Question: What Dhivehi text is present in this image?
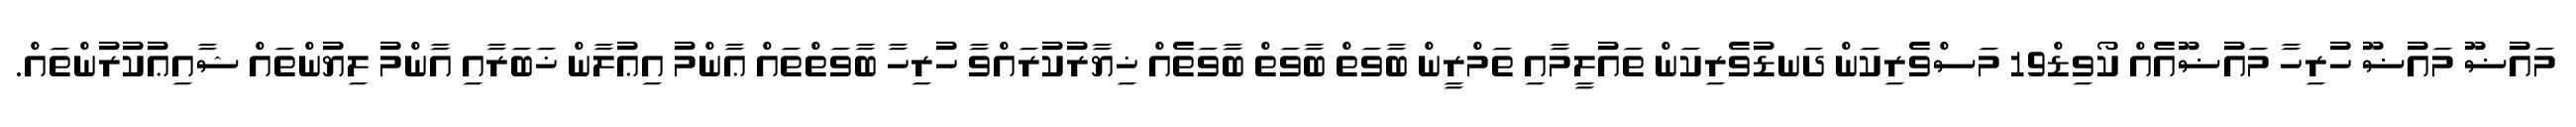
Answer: މައުޟޫ މައުޟޫ ހުރިހާ މައުޟޫއެއް ކޯވިޑް19 މަސްވެރިކަން ދަނޑުވެރިކަން ތައުލީމާއި ތަމްރީން ބާވަތް ބާވަތް ބާވަތެއް ޚިޔާރުކުރައްވާ ހުރިހާ ބާވަތްތައް ޢާންމު އިޢުލާން ޚަބަރާއި އާންމު ލިޔުންތައް ޝާއިޢުކުރުންތައް.